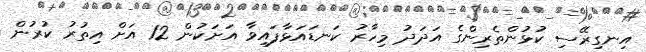
އިނގިރޭސި ކުޅުންތެރިންގެ އަދަދު މިހާރު ކަނޑައަޅާފައިވާ އަށަކުން 12 އަށް އިތުރު ކުރުން